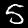
Digit: 5